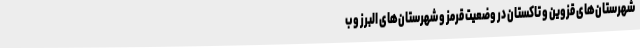
شهرستان‌های قزوین و تاکستان در وضعیت قرمز و شهرستان‌های البرز و ب